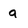
Character: a